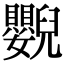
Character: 𦦿